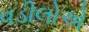
વડીલોએ